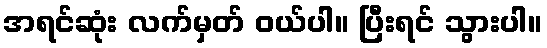
အရင်ဆုံး လက်မှတ် ဝယ်ပါ။ ပြီးရင် သွားပါ။